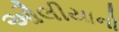
ઔલીયાનો